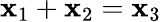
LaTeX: \mathbf{x}_{1}+\mathbf{x}_{2}=\mathbf{x}_{3}